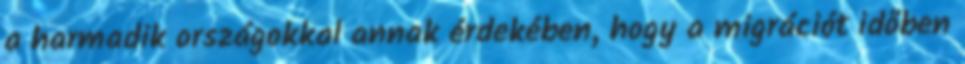
a harmadik országokkal annak érdekében, hogy a migrációt időben